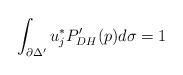
LaTeX: \begin{align*}\int_{\partial \Delta'} u_j^*P_{DH}'(p)d\sigma =1\end{align*}